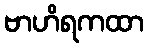
ဗာဟိရကထာ